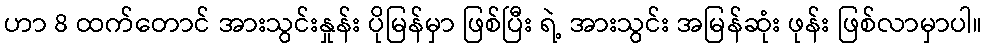
ဟာ 8 ထက်တောင် အားသွင်းနှုန်း ပိုမြန်မှာ ဖြစ်ပြီး ရဲ့ အားသွင်း အမြန်ဆုံး ဖုန်း ဖြစ်လာမှာပါ။